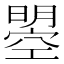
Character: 曌